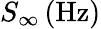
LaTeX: S_{\infty}\, (\mathrm{Hz})